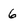
Character: 6